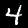
Digit: 4